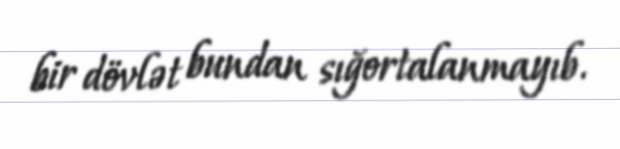
bir dövlət bundan sığortalanmayıb.